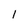
Character: 1